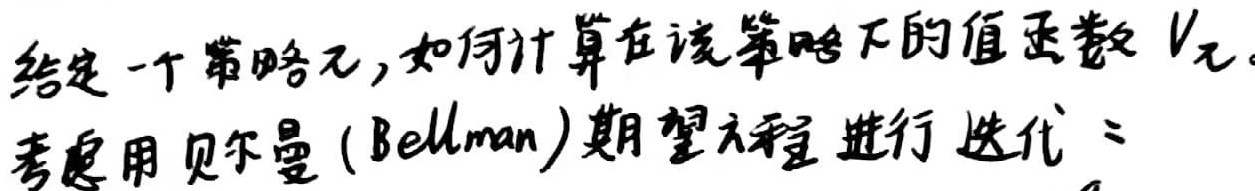
给定一个策略$\pi$，如何计算在该策略下的值函数$V_{\pi}$。考虑用贝尔曼（Bellman）期望方程进行迭代。